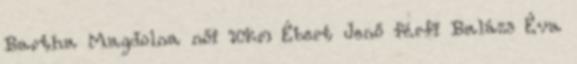
Bartha Magdolna női 10km Ébert Jenő férfi Balázs Éva